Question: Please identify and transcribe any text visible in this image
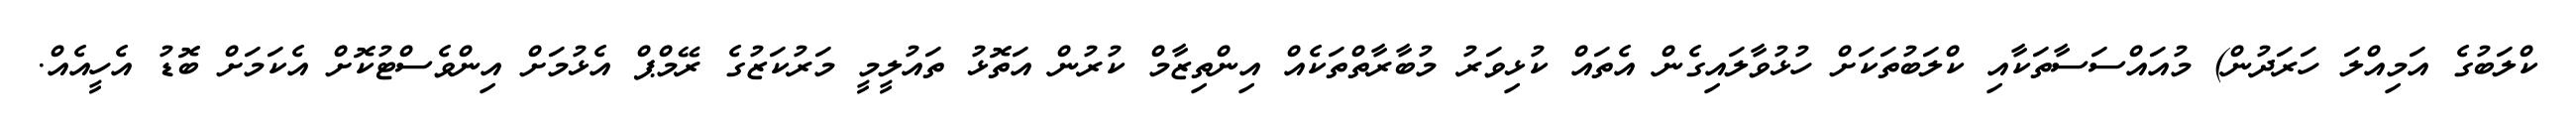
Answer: ކްލަބުގެ އަމިއްލަ ހަރަދުން) މުއައްސަސާތަކާއި ކްލަބުތަކަށް ހުޅުވާލައިގެން އެތައް ކުޅިވަރު މުބާރާތްތަކެއް އިންތިޒާމް ކުރުން އަތޮޅު ތައުލީމީ މަރުކަޒުގެ ރޭމްޕް އެޅުމަށް އިންވެސްޓުކޮށް އެކަމަށް ބޮޑު އެހީއެއް.